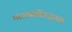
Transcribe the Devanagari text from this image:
मराठ्याविरुद्धच्या